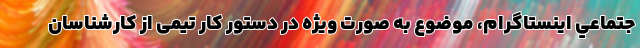
جتماعي اينستاگرام، موضوع به صورت ویژه در دستور کار تیمی از کارشناسان